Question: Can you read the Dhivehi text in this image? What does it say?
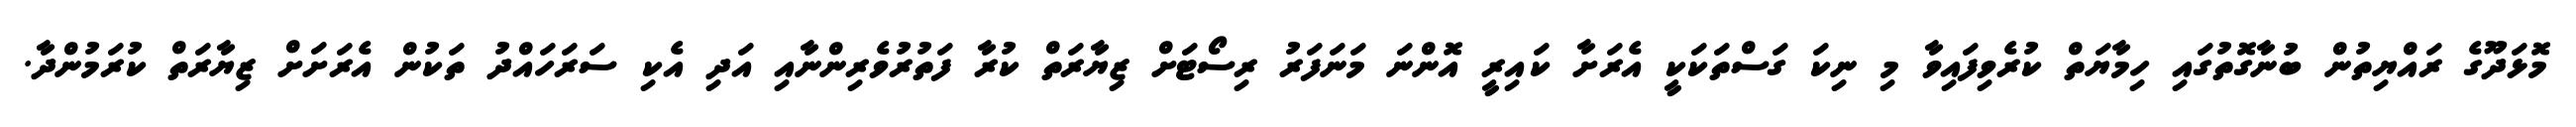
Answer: މޮޅަދޫގެ ރައްޔިތުން ބުނާގޮތުގައި ހިމާޔަތް ކުރެވިފައިވާ މި ނިކަ ގަސްތަކަކީ އެރަށާ ކައިރީ އޮންނަ މަނަފަރު ރިސޯޓަށް ޒިޔާރަތް ކުރާ ފަތުރުވެރިންނާއި އަދި އެކި ސަރަހައްދު ތަކުން އެރަށަށް ޒިޔާރަތް ކުރަމުންދާ.